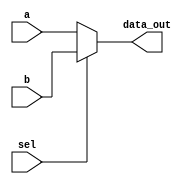
module Mux
(
	input [63:0] a,
	input [63:0] b,
	input  sel,
	
	output reg [63:0]data_out
);

//assign data_out = sel? b:a ;

always @ (a, b, sel)
begin
	if (!sel)
		data_out = a;
	else
		data_out = b;
		
end

endmodule 




module Mux2
(
	input [63:0] a,
	input [63:0] b,
	input  sel,
	
	output reg [63:0]data_out
);

//assign data_out = sel? b:a ;

always @ (a, b, sel)
begin
	case (sel)
	1'b0: data_out = a;
	1'b1: data_out = b;
	1'bx: data_out = a;
	endcase
		
end

endmodule 



module Mux3
(
	input [63:0] a,
	input [63:0] b,
	input [63:0] c,
	input [1:0] sel,
	
	output reg [63:0] data_out
);

//assign data_out = sel? b:a ;

always @ (a, b, c, sel)
begin
	case (sel)
	2'b00: data_out = a;
	2'b01: data_out = b;
	2'b10: data_out = c;
	1'bx: data_out = a;
	endcase
		
end

endmodule